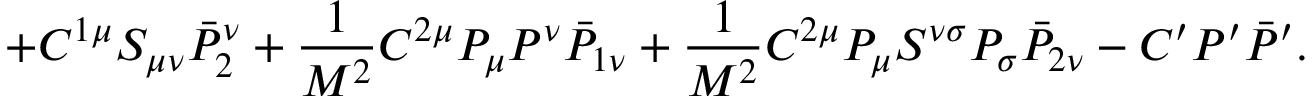
+ { \cal C } ^ { 1 \mu } S _ { \mu \nu } \bar { \cal P } _ { 2 } ^ { \nu } + \frac { 1 } { M ^ { 2 } } { \cal C } ^ { 2 \mu } P _ { \mu } P ^ { \nu } \bar { \cal P } _ { 1 \nu } + \frac { 1 } { M ^ { 2 } } { \cal C } ^ { 2 \mu } P _ { \mu } S ^ { \nu \sigma } P _ { \sigma } \bar { \cal P } _ { 2 \nu } - { \cal C } ^ { \prime } P ^ { \prime } \bar { \cal P } ^ { \prime } .